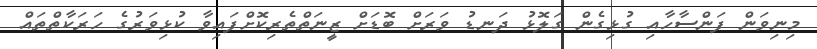
މިިނިވަން ފަންސާހާއި ގުޅިގެން ގަލޮޅު ދަނޑު ވަރަށް ބޮޑަށް ޒީނަތްތެރިކޮށްފައިވާ ކުޅިވަރުގެ ހަރަކާތްތައް